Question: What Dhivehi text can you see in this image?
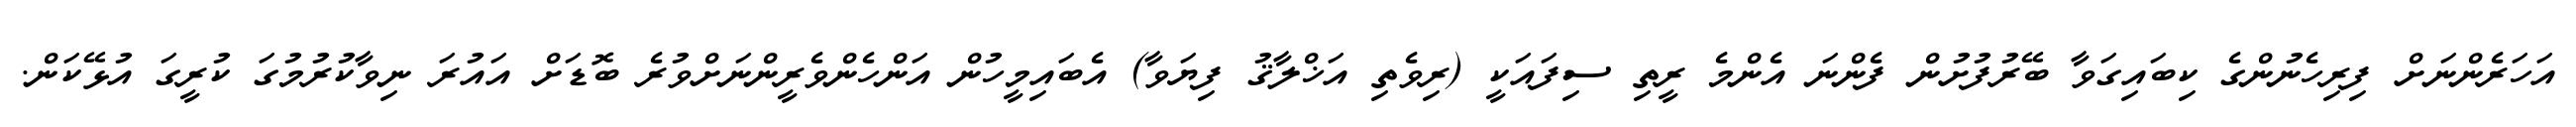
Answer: އަހަރެންނަށް ފިރިހެނުންގެ ކިބައިގަވާ ބޭރުފުށުން ފެންނަ އެންމެ ރީތި ސިފައަކީ (ރިވެތި އަޚްލާޤު ފިޔަވާ) އެބައިމީހުން އަންހެންވެރީންނަށްވުރެ ބޮޑަށް އައުރަ ނިވާކުރުމުގަ ކުރީގަ އުޅޭކަން.